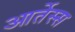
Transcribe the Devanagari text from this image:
आर्तेस्स